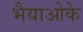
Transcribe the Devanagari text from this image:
भैयाओके